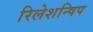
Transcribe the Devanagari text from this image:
रिलेशन्षिप